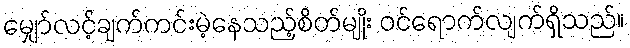
မျှော်လင့်ချက်ကင်းမဲ့နေသည့်စိတ်မျိုး ဝင်ရောက်လျက်ရှိသည်။